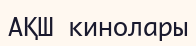
АҚШ кинолары